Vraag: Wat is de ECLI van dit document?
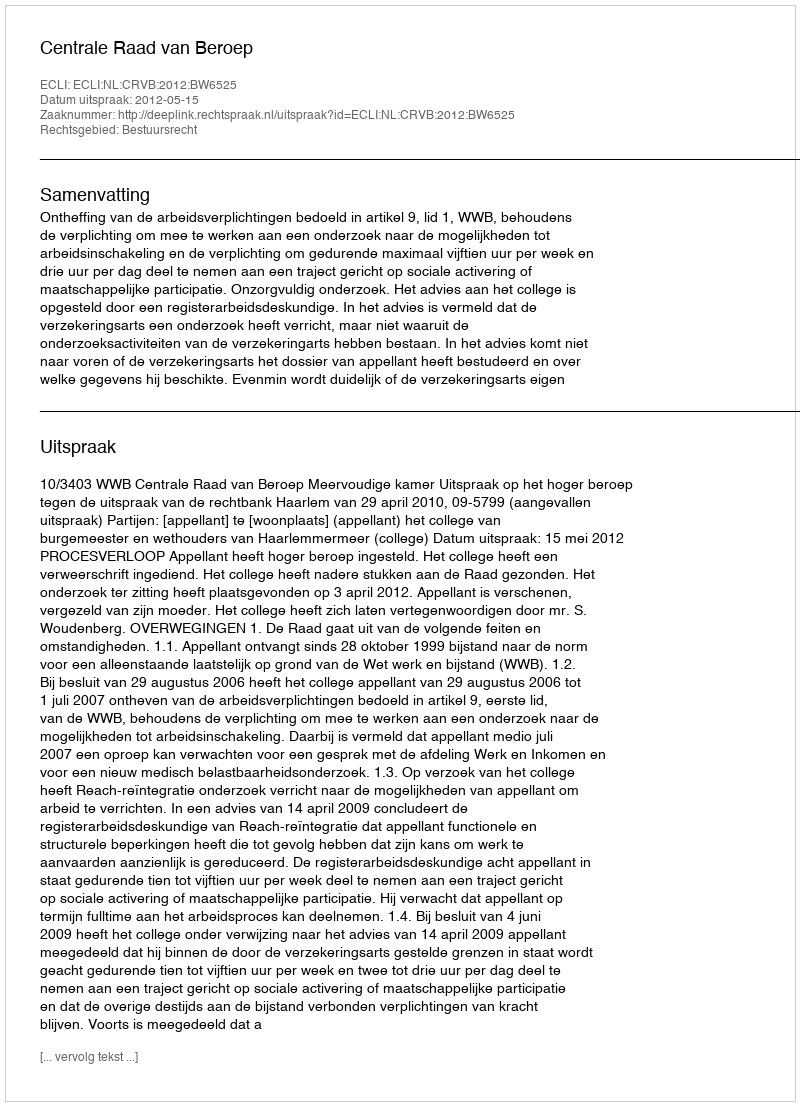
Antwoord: ECLI:NL:CRVB:2012:BW6525